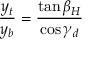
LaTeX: \frac { y _ { t } } { y _ { b } } = \frac { \tan \beta _ { H } } { \cos \gamma _ { d } }